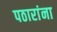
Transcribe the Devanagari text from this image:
पठारांना